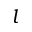
l